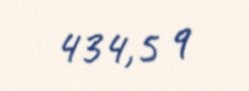
434,5 q